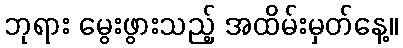
ဘုရား မွေးဖွားသည့် အထိမ်းမှတ်နေ့။